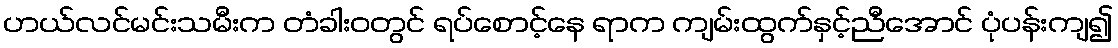
ဟယ်လင်မင်းသမီးက တံခါးဝတွင် ရပ်စောင့်နေ ရာက ကျမ်းထွက်နှင့်ညီအောင် ပုံပန်းကျ၍